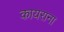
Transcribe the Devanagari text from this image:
कायराना